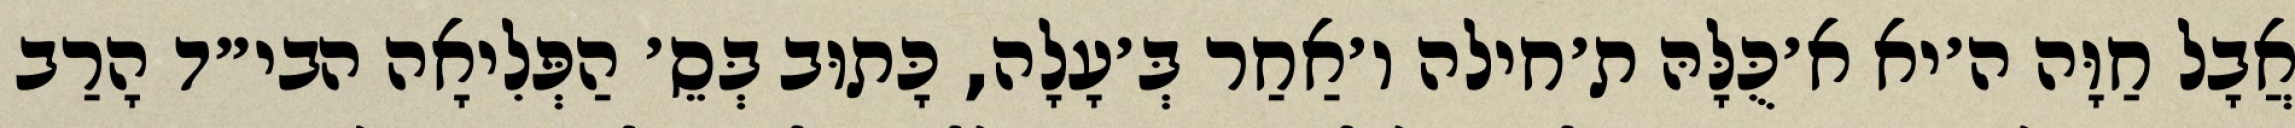
אֲבָל חַוָּה ה׳יא א׳כֻּלָּהּ ת׳חילה ו׳אַחַר בְּ׳עָלָה, כָּתוּב בְּסֵ׳ הַפְּלִיאָה הבי״ד הָרַב